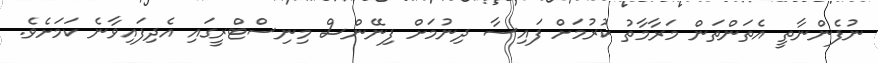
ނުފެންނާތީ އެތަންތަން މަރާމާތު ކުރުމަށް ފައިސާ ދިނުމަށް ފިނޭންސް މިނިސްޓްރީގައި އެދިފައިވާނެ ކަމަށެވެ.